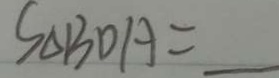
S _ { \Delta B D A } =